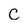
Character: c